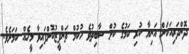
ދޮންދަރިއަކަށް އަނިޔާ ކުރި ކަމުގެ ކުށް ސާބިތުވެ ހުކުމް ތަންފީޒުކޮށްފައިވާ މީހެއް ކަމަށެވެ.